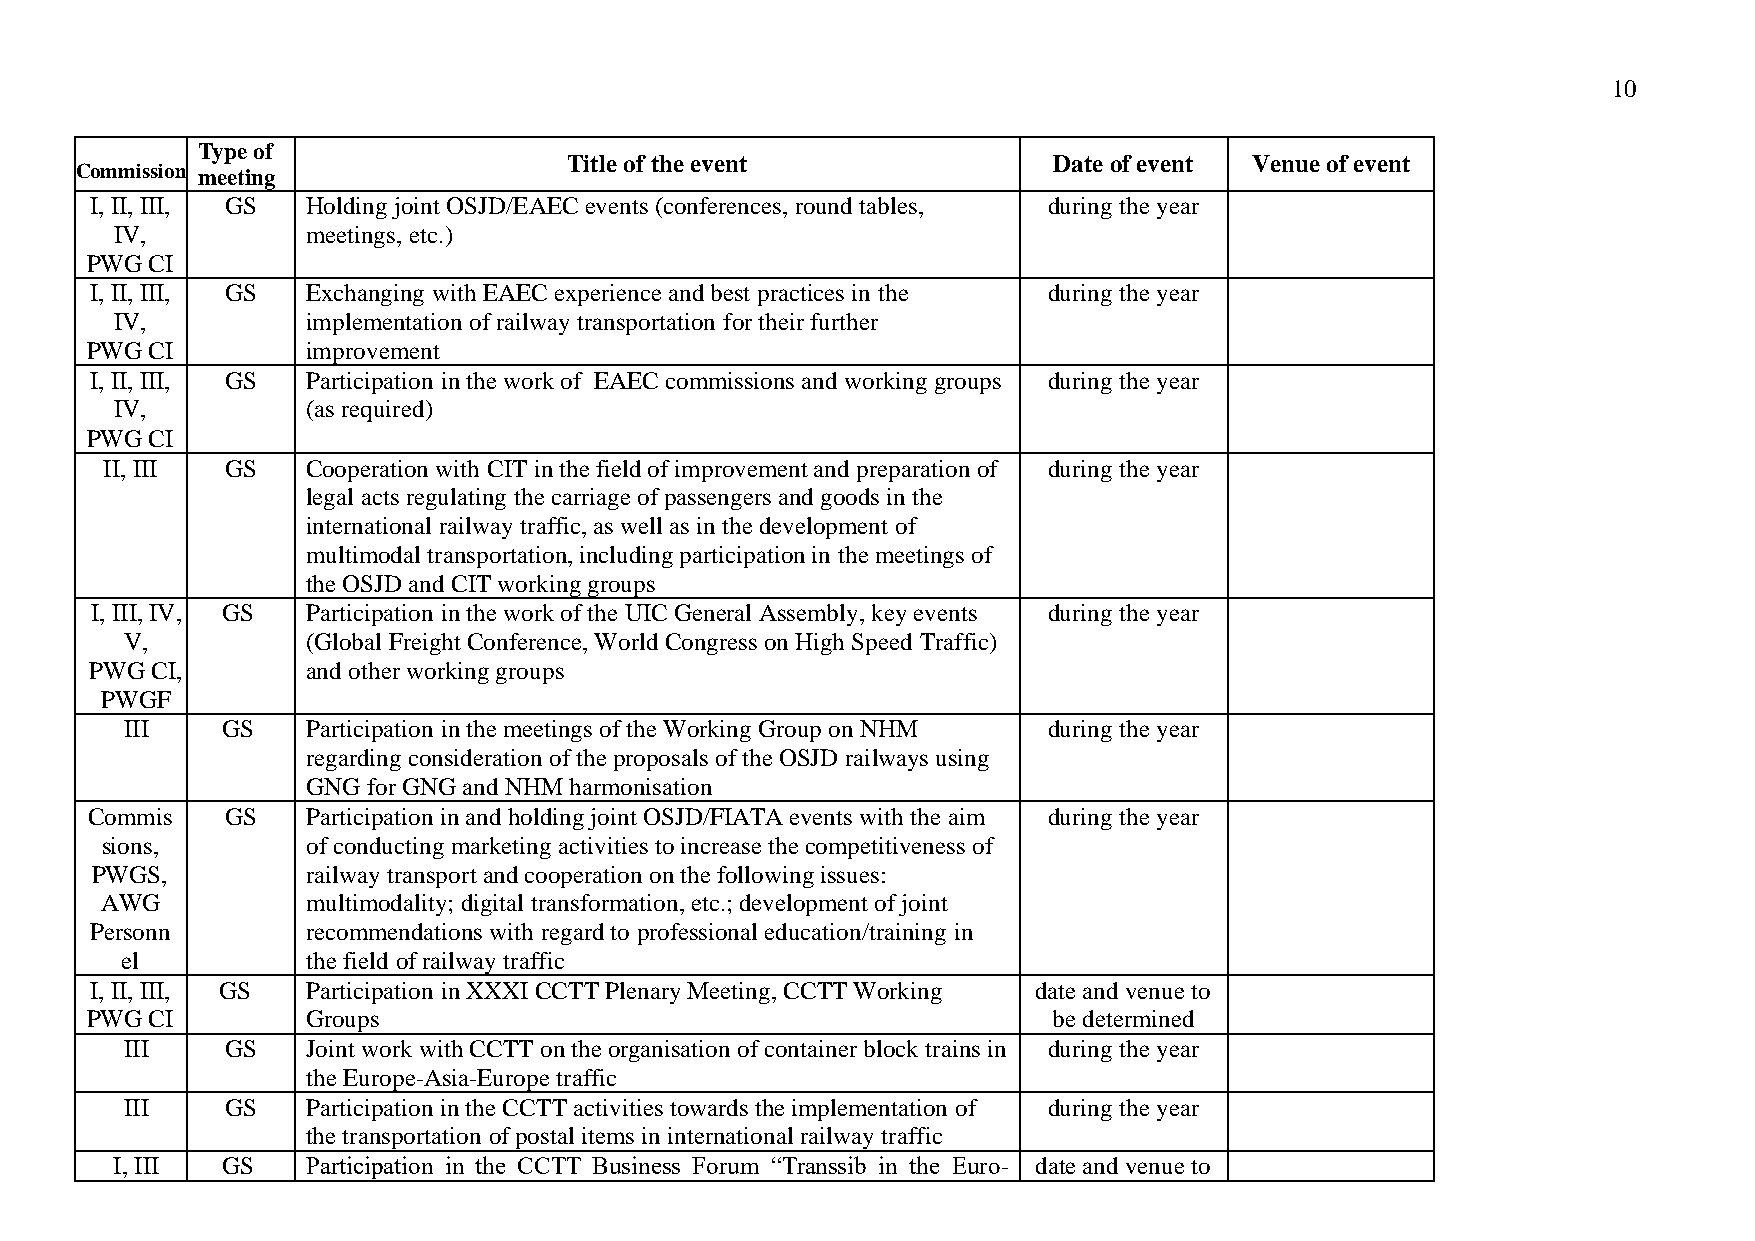
10
 Type of
 Commission meeting
 Title of the event              Date of event Venue of event
 I, II, III, GS Holding joint OSJD/EAEC events (conferences, round tables, during the year
 IV,         meetings, etc.)
 PWG CI
 I, II, III, GS Exchanging with EAEC experience and best practices in the during the year
 IV,         implementation of railway transportation for their further
 PWG CI        improvement
 I, II, III, GS Participation in the work of EAEC commissions and working groups during the year
 IV,         (as required)
 PWG CI
 II, III GS   Cooperation with CIT in the field of improvement and preparation of during the year
 legal acts regulating the carriage of passengers and goods in the
 international railway traffic, as well as in the development of
 multimodal transportation, including participation in the meetings of
 the OSJD and CIT working groups
 I, III, IV, GS Participation in the work of the UIC General Assembly, key events during the year
 V,          (Global Freight Conference, World Congress on High Speed Traffic)
 PWG CI,       and other working groups
 PWGF
 III    GS   Participation in the meetings of the Working Group on NHM during the year
 regarding consideration of the proposals of the OSJD railways using
 GNG for GNG and NHM harmonisation
 Commis   GS   Participation in and holding joint OSJD/FIATA events with the aim during the year
 sions,       of conducting marketing activities to increase the competitiveness of
 PWGS,         railway transport and cooperation on the following issues:
 AWG          multimodality; digital transformation, etc.; development of joint
 Personn       recommendations with regard to professional education/training in
 el          the field of railway traffic
 I, II, III, GS Participation in XXXI CCTT Plenary Meeting, CCTT Working date and venue to
 PWG CI        Groups                                            be determined
 III    GS   Joint work with CCTT on the organisation of container block trains in during the year
 the Europe-Asia-Europe traffic
 III    GS   Participation in the CCTT activities towards the implementation of during the year
 the transportation of postal items in international railway traffic
 I, III  GS   Participation in the CCTT Business Forum “Transsib in the Euro- date and venue to